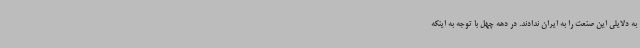
به دلایلی این صنعت را به ایران ندادند. در دهه چهل با توجه به اینکه